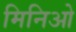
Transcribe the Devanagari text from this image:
मिनिओ